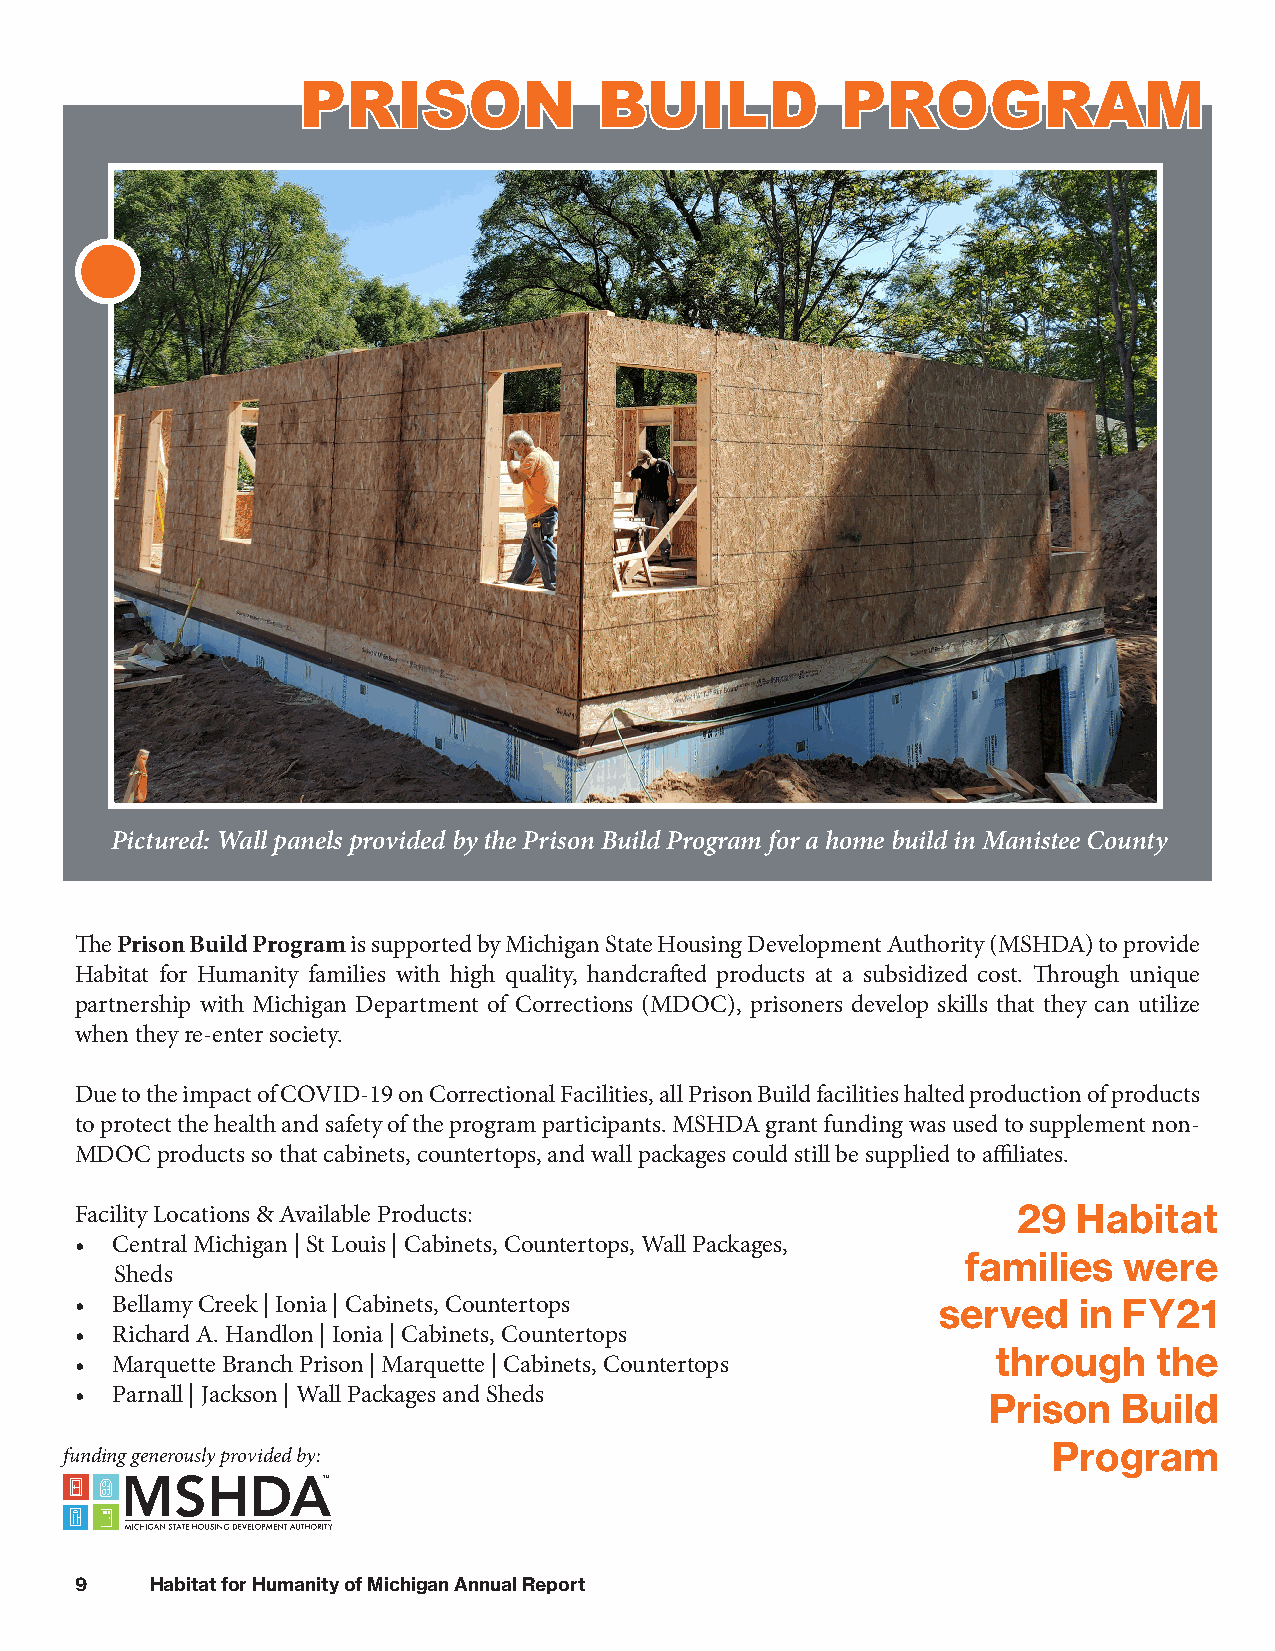
PPRRIISSOONN        BBUUIILLDD      PPRROOGGRRAAMM
 Pictured: Wall panels provided by the Prison Build Program for a home build in Manistee County
 The Prison Build Program is supported by Michigan State Housing Development Authority (MSHDA) to provide
 Habitat for Humanity families with high quality, handcrafted products at a subsidized cost. Through unique
 partnership with Michigan Department of Corrections (MDOC), prisoners develop skills that they can utilize
 when they re-enter society.
 Due to the impact of COVID-19 on Correctional Facilities, all Prison Build facilities halted production of products
 to protect the health and safety of the program participants. MSHDA grant funding was used to supplement non-
 MDOC products so that cabinets, countertops, and wall packages could still be supplied to affiliates.
 Facility Locations & Available Products:                      29  Habitat
 • Central Michigan | St Louis | Cabinets, Countertops, Wall Packages,
 families  were
 Sheds
 • Bellamy Creek | Ionia | Cabinets, Countertops          served   in FY21
 • Richard A. Handlon | Ionia | Cabinets, Countertops
 through    the
 • Marquette Branch Prison | Marquette | Cabinets, Countertops
 • Parnall | Jackson | Wall Packages and Sheds
 Prison   Build
 Program
 funding generously provided by:
 ™
 9    Habitat for Humanity of Michigan Annual Report